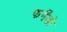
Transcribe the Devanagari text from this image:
फर्नैंडो